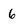
Character: 6